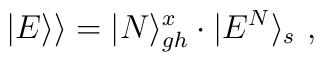
|E\rangle\rangle=|N\rangle_{gh}^x\cdot|E^N\rangle_s\ ,